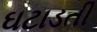
ઘટાડતી